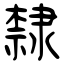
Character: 隸